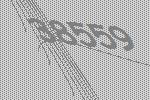
38559